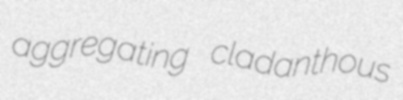
aggregating cladanthous